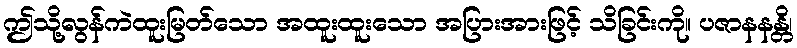
ဤသို့လွန်ကဲထူးမြတ်သော အထူးထူးသော အပြားအားဖြင့် သိခြင်းကို။ ပဇာနနန္တိ၊